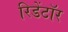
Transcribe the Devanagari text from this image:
रिडेंटॉर